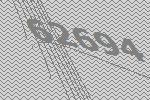
62694